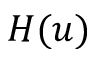
H ( u )